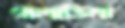
গালাডিমা